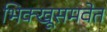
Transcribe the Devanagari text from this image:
भिक्खूसमवेत